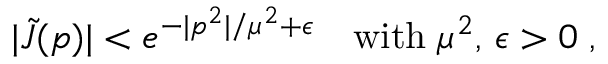
| \tilde { J } ( p ) | < e ^ { - | p ^ { 2 } | / \mu ^ { 2 } + \epsilon } \quad \mathrm { w i t h } \; \mu ^ { 2 } , \, \epsilon > 0 \; ,